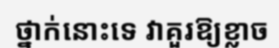
ថ្នាក់នោះទេ វាគួរឱ្យខ្លាច